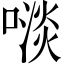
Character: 𠻪